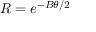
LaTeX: R = e ^ { - B \theta / 2 }